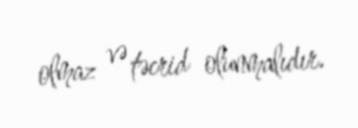
olmaz və təcrid olunmalıdır.